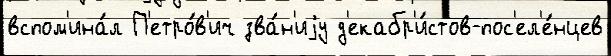
вспом'ина́л П'етро́в'ич зва́н'иjу д'екабр'и́стов-пос'ел'е́нцев